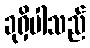
ခုရှိပါသည်